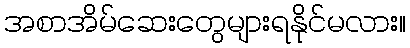
အစာအိမ်ဆေးတွေများရနိုင်မလား။